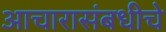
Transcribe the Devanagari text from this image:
आचारासंबधीचे